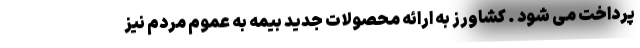
پرداخت می شود . کشاورز به ارائه محصولات جدید بیمه به عموم مردم نیز